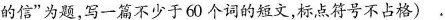
的信"为题，写一篇不少于60 个词的短文，标点符号不占格) .